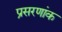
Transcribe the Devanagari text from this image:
प्रसरणांक